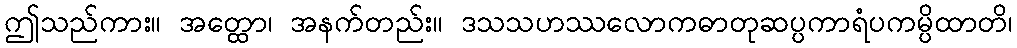
ဤသည်ကား။ အတ္ထော၊ အနက်တည်း။ ဒသသဟဿလောကဓာတုဆပ္ပကာရံပကမ္ပိထာတိ၊